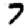
Digit: 7